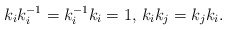
\begin{align*}k_ik_i^{-1}=k_i^{-1}k_i=1,\, k_ik_j=k_jk_i.\end{align*}